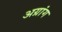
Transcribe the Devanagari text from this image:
अग्रांग